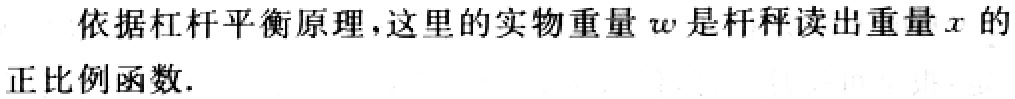
依据杠杆平衡原理，这里的实物重量\(w\)是杆秤读出重量\(x\)的正比例函数.